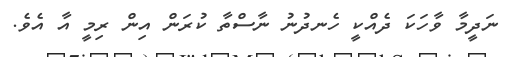
ނަދީމާ ވާހަކަ ދެއްކީ ހެނދުނު ނާސްތާ ކުރަން އިން ރިމީ އާ އެވެ.